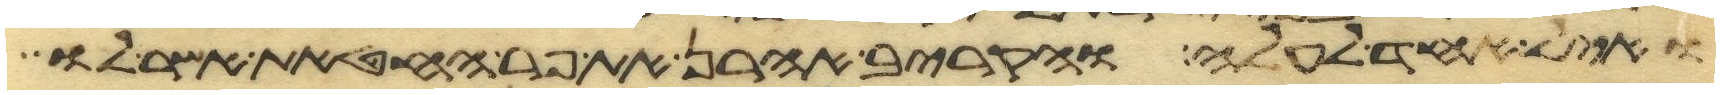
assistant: ואיל אחד לעלה והקריב אהרן את פר החטאת אשר לו